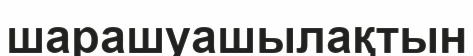
шарашуашылақтын